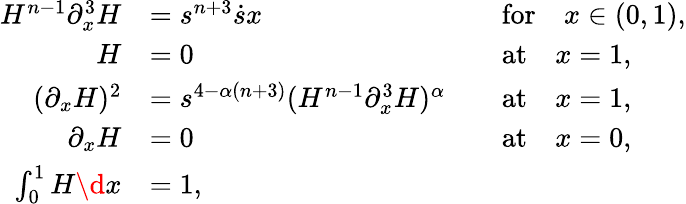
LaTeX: \begin{array}{rlrl}{H^{n-1}\partial_{x}^{3}H}&{=s^{n+3}\dot{s}x}&&{\mathrm{for}\quad x\in(0,1),}\\ {H}&{=0}&&{\mathrm{at}\quad x=1,}\\ {(\partial_{x}H)^{2}}&{=s^{4-\alpha(n+3)}(H^{n-1}\partial_{x}^{3}H)^{\alpha}}&&{\mathrm{at}\quad x=1,}\\ {\partial_{x}H}&{=0}&&{\mathrm{at}\quad x=0,}\\ {\int_{0}^{1}H\d x}&{=1,}&&{}\end{array}